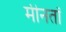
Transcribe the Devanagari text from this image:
मीनतॉ